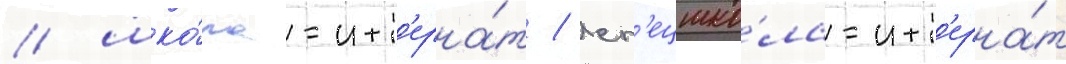
/ шко́ла-инт'ерна́т / сп'ецшко́ла-инт'ерна́т